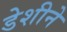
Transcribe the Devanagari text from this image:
डेशीने